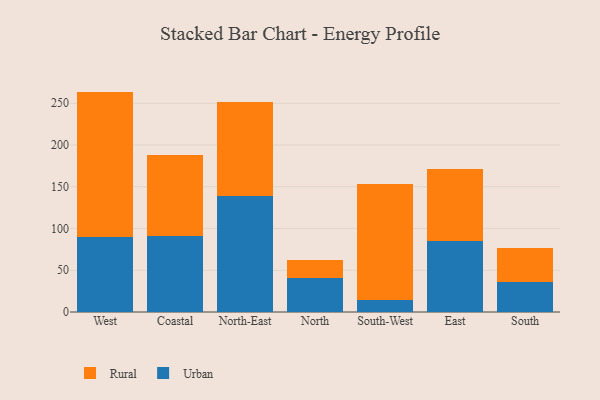
{"axis": {"x": "Region", "y": "Tickets Resolved"}, "legend": ["Rural", "Urban"], "data": [{"x": "West", "y": 90.0, "type": "Urban"}, {"x": "West", "y": 174.0, "type": "Rural"}, {"x": "Coastal", "y": 90.6, "type": "Urban"}, {"x": "Coastal", "y": 97.2, "type": "Rural"}, {"x": "North-East", "y": 139.3, "type": "Urban"}, {"x": "North-East", "y": 112.3, "type": "Rural"}, {"x": "North", "y": 40.2, "type": "Urban"}, {"x": "North", "y": 22.5, "type": "Rural"}, {"x": "South-West", "y": 14.1, "type": "Urban"}, {"x": "South-West", "y": 139.8, "type": "Rural"}, {"x": "East", "y": 84.6, "type": "Urban"}, {"x": "East", "y": 86.1, "type": "Rural"}, {"x": "South", "y": 36.3, "type": "Urban"}, {"x": "South", "y": 39.8, "type": "Rural"}]}